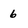
Character: 6